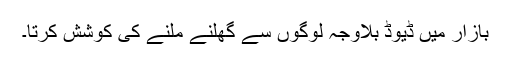
بازار میں ڈیوڈ بلاوجہ لوگوں سے گھلنے ملنے کی کوشش کرتا۔